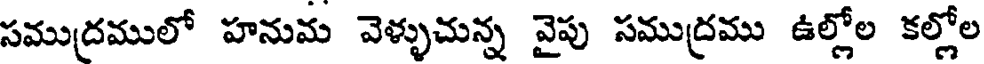
సముద్రములో హనుమ వెళ్ళుచున్న వైపు సముద్రము ఉల్లోల కల్లోల